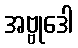
အဗ္ဗုဒေါ